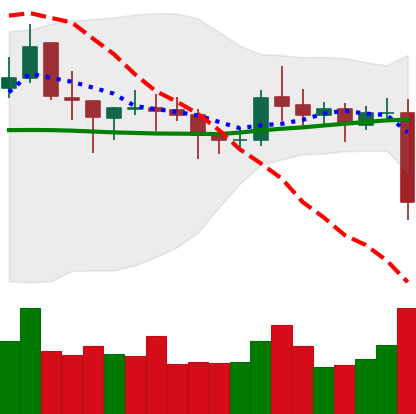
Ticker: NEO-USD
Chart end date: 2021-10-27
Forward return: 15.098%
Label: up_7plus